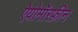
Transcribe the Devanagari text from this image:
ऐयोमॉरफ़ीन